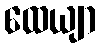
ထေယျာ